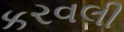
કરવલી